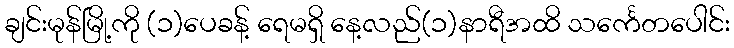
ချင်းမုန်မြို့ကို (၁)ပေခန့် ရေမရှိ နေ့လည်(၁)နာရီအထိ သင်္ကေတပေါင်း